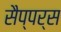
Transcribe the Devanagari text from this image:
सैप्पर्स